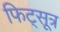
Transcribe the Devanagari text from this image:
फिट्सूत्र